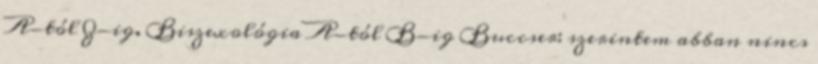
A-tól Z-ig. Biszexológia A-tól B-ig Buccser: szerintem abban nincs